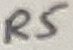
Text: R5